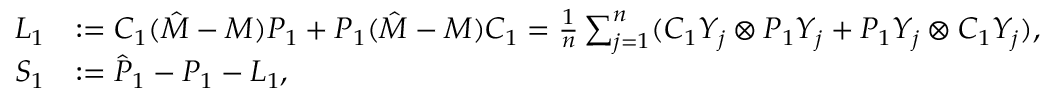
\begin{array} { r l } { { \cal L } _ { 1 } } & { : = { \cal C } _ { 1 } ( \hat { M } - M ) { \cal P } _ { 1 } + { \cal P } _ { 1 } ( \hat { M } - M ) { \cal C } _ { 1 } = \frac { 1 } { n } \sum _ { j = 1 } ^ { n } ( { \cal C } _ { 1 } Y _ { j } \otimes { \cal P } _ { 1 } Y _ { j } + { \cal P } _ { 1 } Y _ { j } \otimes { \cal C } _ { 1 } Y _ { j } ) , } \\ { { \cal S } _ { 1 } } & { : = \hat { { \cal P } } _ { 1 } - { \cal P } _ { 1 } - { \cal L } _ { 1 } , } \end{array}